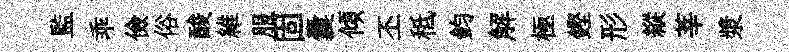
監乖儉俗酸維服固囊傾丕秪鈞解極鏗形縱莘漿